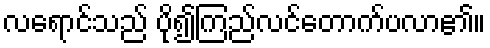
လရောင်သည် ပို၍ကြည်လင်တောက်ပလာ၏။